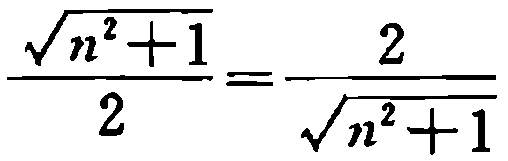
\(\frac{\sqrt{n^{2}+1}}{2}=\frac{2}{\sqrt{n^{2}+1}}\)